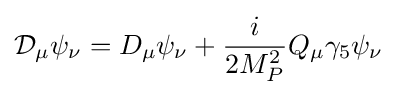
{\mathcal {D}}_{\mu }\psi _{\nu }=D_{\mu }\psi _{\nu }+{\frac {i}{2M_{P}^{2}}}Q_{\mu }\gamma _{5}\psi _{\nu }